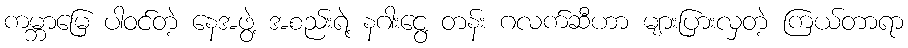
ကမ္ဘာမြေ ပါဝင်တဲ့ နေအဖွဲ့ အစည်းရဲ့ နဂါးငွေ့ တန်း ဂလက်ဆီဟာ များပြားလှတဲ့ ကြယ်တာရာ